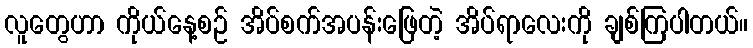
လူတွေဟာ ကိုယ်နေ့စဉ် အိပ်စက်အပန်းဖြေတဲ့ အိပ်ရာလေးကို ချစ်ကြပါတယ်။